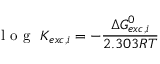
\mathrm { ~ l ~ o ~ g ~ } ~ K _ { e x c , i } = - \frac { \Delta G _ { e x c , i } ^ { 0 } } { 2 . 3 0 3 R T }